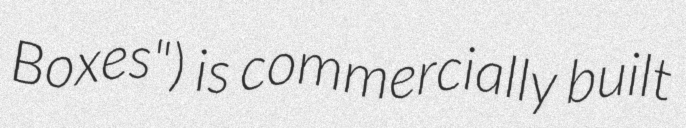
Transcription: Boxes") is commercially built